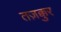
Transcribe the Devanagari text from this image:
तज़क्कुर